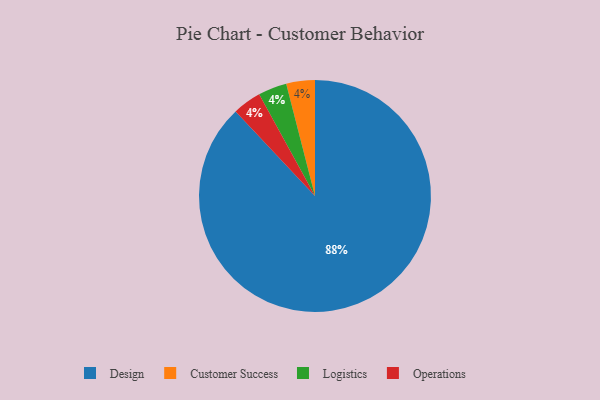
{"axis": {"x": "Category", "y": "Percentage"}, "legend": ["Customer Success", "Design", "Logistics", "Operations"], "data": [{"x": "Customer Success", "y": 4, "type": "Customer Success"}, {"x": "Logistics", "y": 4, "type": "Logistics"}, {"x": "Design", "y": 88, "type": "Design"}, {"x": "Operations", "y": 4, "type": "Operations"}]}